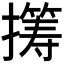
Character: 𫾏